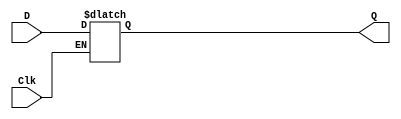
module D_latch (D, Clk, Q);
	input D, Clk;
	output reg Q;
	always @ (D, Clk)
		if (Clk == 1)
			Q = D;
endmodule

module posD_FF (D, Clock, Q);
	input D, Clock;
	output reg Q;
	always @ (posedge Clock)
		Q <= D;
endmodule 

module negD_FF (D, Clock, Q);
	input D, Clock;
	output reg Q;
	always @ (negedge Clock)
		Q <= D;
endmodule 

module part1 (D, Clock, Qa, Qb, Qc);
	input D, Clock;
	output Qa, Qb, Qc;
	
	D_latch u0(D, Clock, Qa);
	posD_FF u1(D, Clock, Qb);
	negD_FF u2(D, Clock, Qc);

endmodule